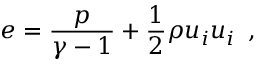
e = \frac { p } { \gamma - 1 } + \frac { 1 } { 2 } \rho u _ { i } u _ { i } \, \mathrm { ~ , ~ }